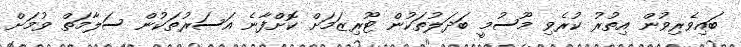
ބައިވެރިވުން އިތުރު ކުރެވި މޫސުމީ ބަދަލުތަކުން ޓޫރިޒަމަށް ކޮށްފާނެ އަސަރުތަކުން ސަލާމަތް ވުމަށް